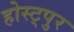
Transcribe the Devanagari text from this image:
होस्ट्पुर